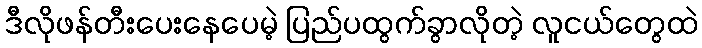
ဒီလိုဖန်တီးပေးနေပေမဲ့ ပြည်ပထွက်ခွာလိုတဲ့ လူငယ်တွေထဲ